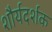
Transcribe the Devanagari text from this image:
शौर्यदर्शक